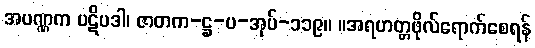
အပဏ္ဏက ပဋိပဒါ၊ ဇာတက-ဋ္ဌ-ပ-အုပ်-၁၁၉။ ။အရဟတ္တဖိုလ်ရောက်စေရန်